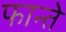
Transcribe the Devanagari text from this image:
फान्ते